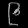
Digit: ၉